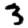
Digit: 3